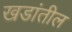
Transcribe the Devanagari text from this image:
खडांतील